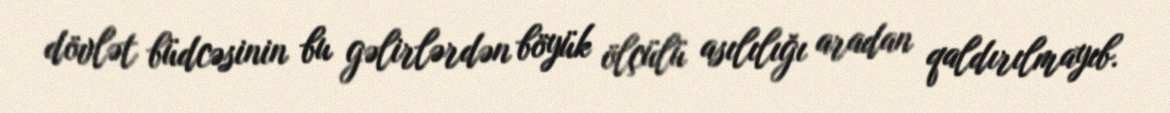
dövlət büdcəsinin bu gəlirlərdən böyük ölçülü asılılığı aradan qaldırılmayıb.